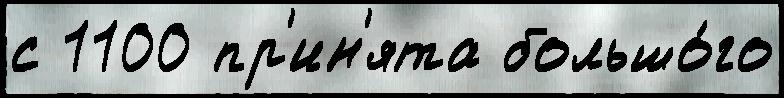
с 1100 пр'ин'ята большо́го